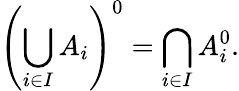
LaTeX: \left(\bigcup_{i\in I}A_{i}\right)^{0}=\bigcap_{i\in I}A_{i}^{0}.